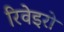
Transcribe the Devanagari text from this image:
रिवेइरो